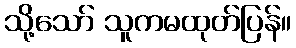
သို့သော် သူကမထုတ်ပြန်။